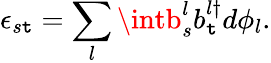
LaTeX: \epsilon_{s\mathtt{t}}=\sum_{l}\intb_{s}^{l}b_{\mathtt{t}}^{l\dagger}d\phi_{l}.